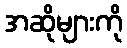
အဆိုများကို